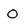
Character: O